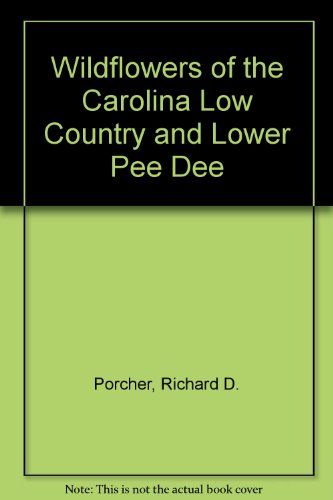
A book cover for Wildflowers of the Carolina Lowcountry and Lower Pee Dee; Richard D. Porcher; Crafts, Hobbies & Home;